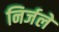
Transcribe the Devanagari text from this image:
निर्जले